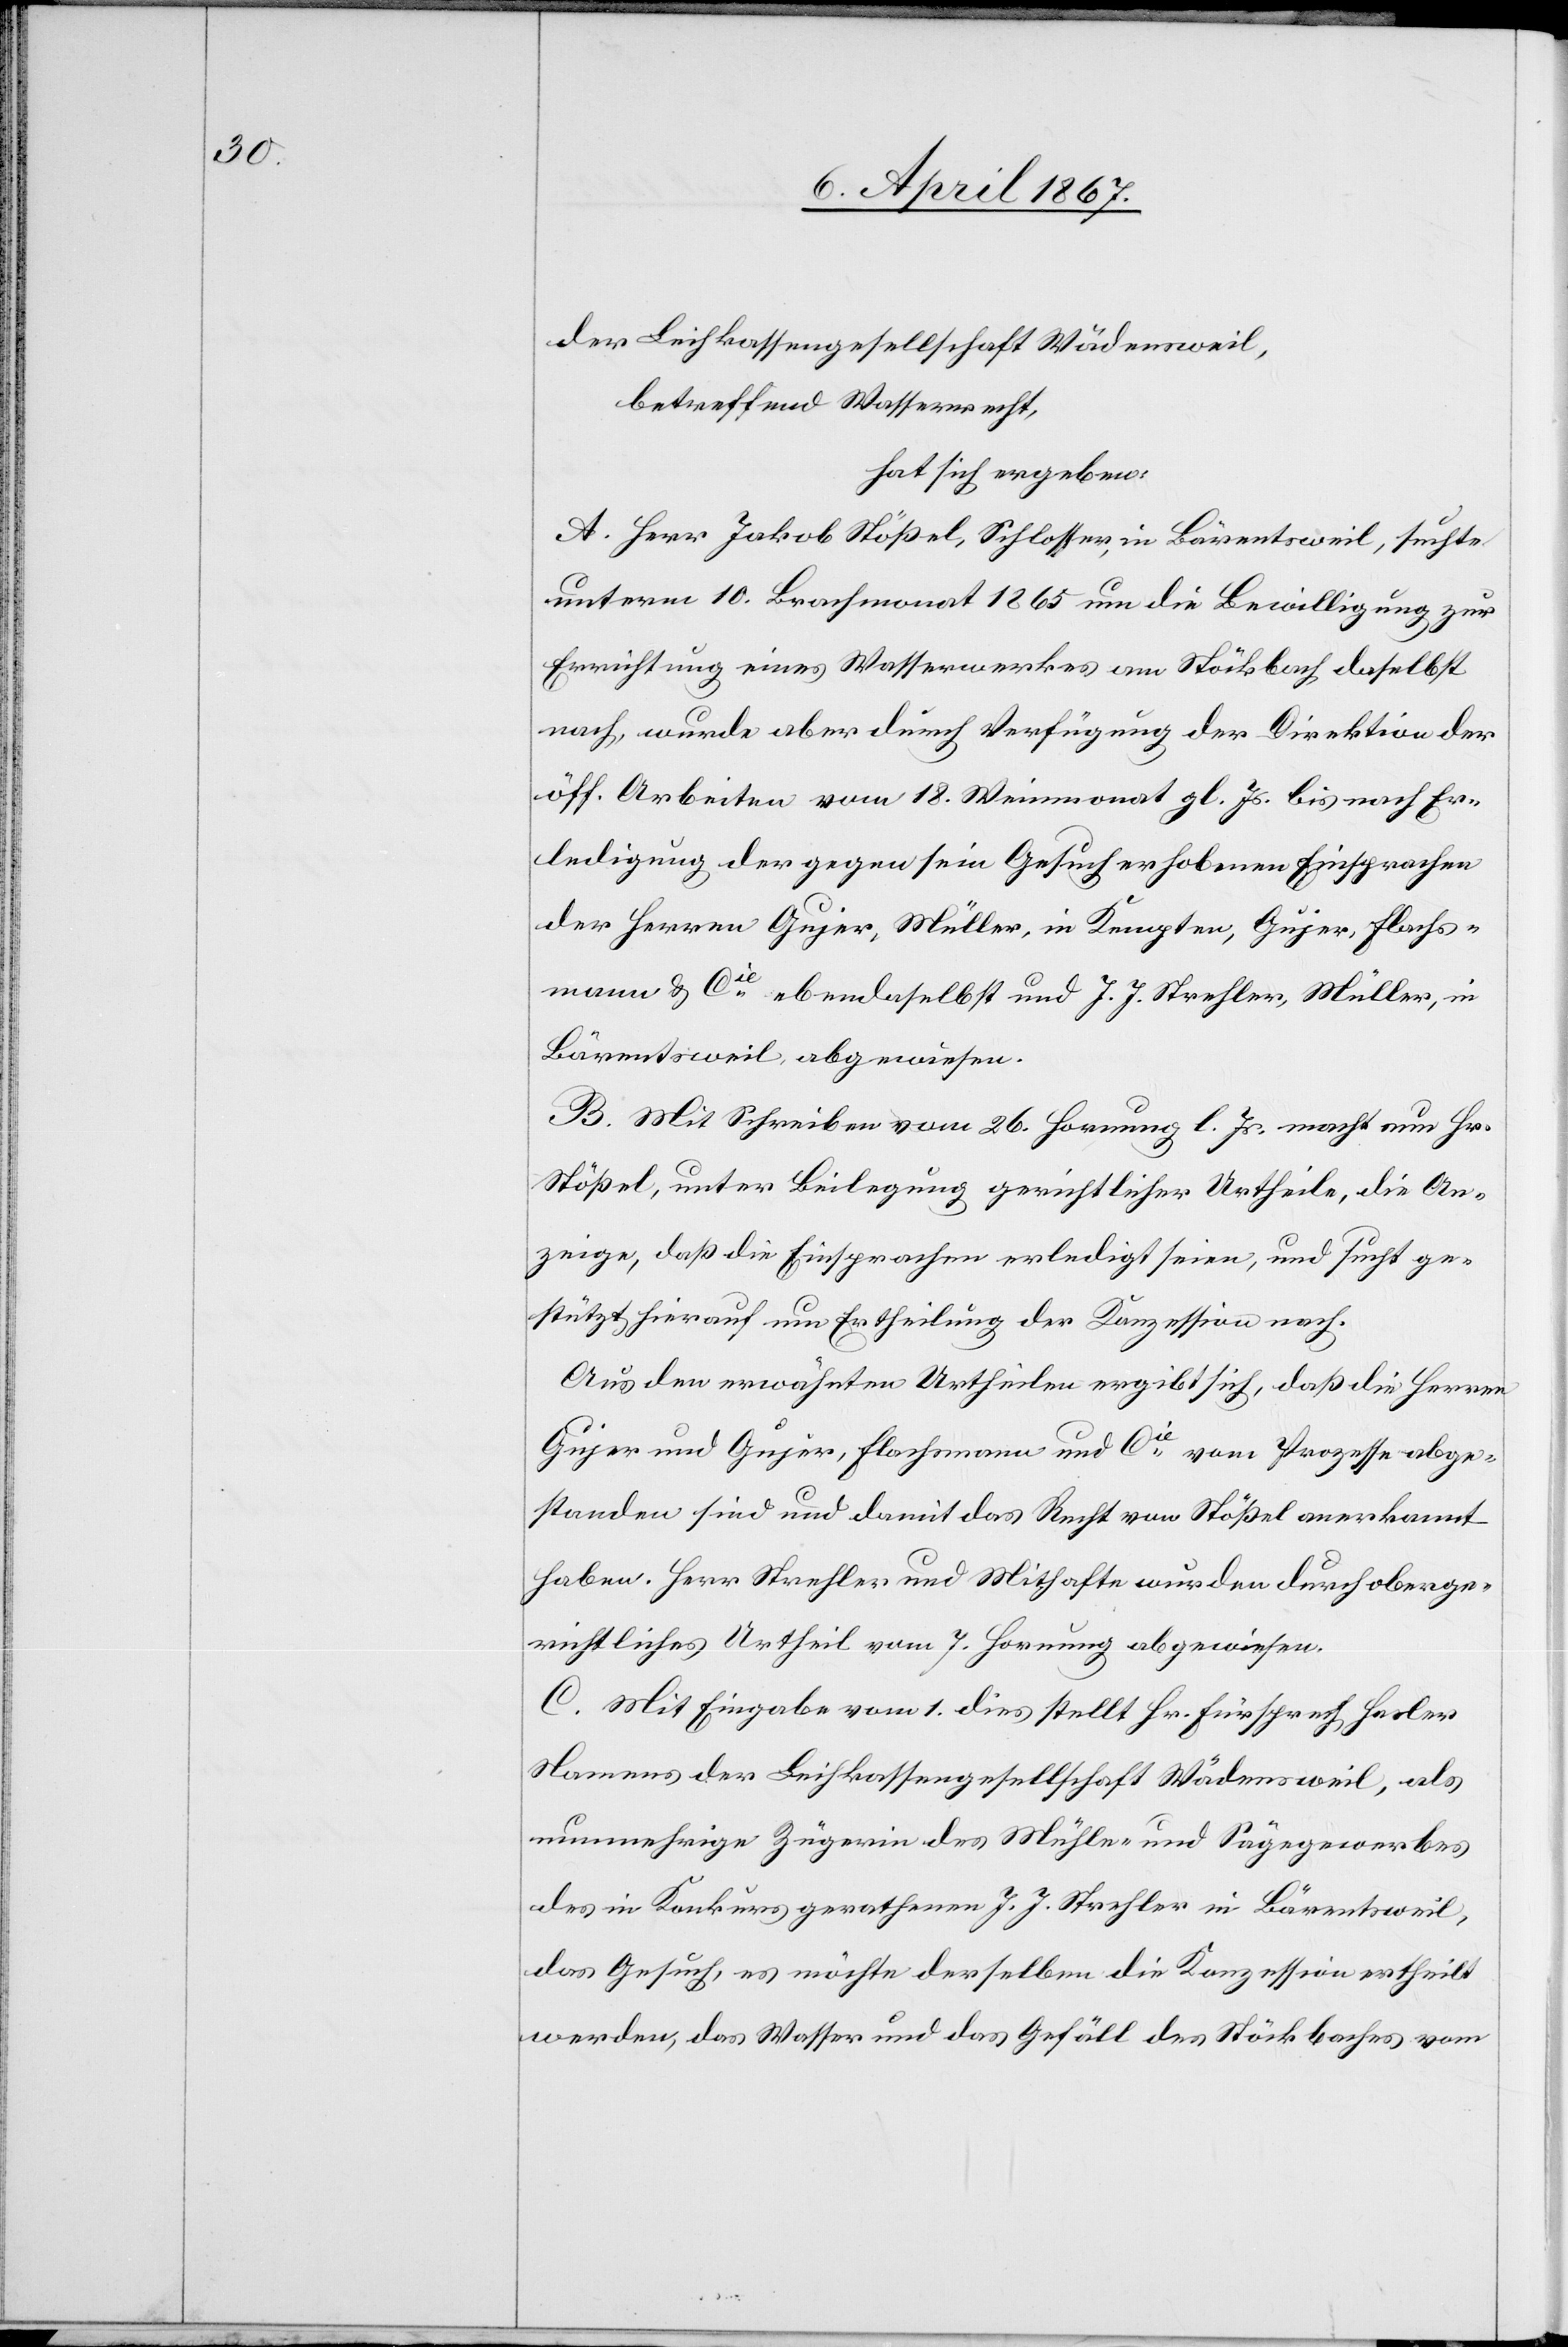
der Leihkassengesellschaft Wädensweil,
betreffend Wasserrecht,
hat sich ergeben:
A. Herr Jakob Stößel, Schlosser, in Bärentsweil, suchte
unterm 10. Brachmonat 1865 um die Bewilligung zur
Errichtung eines Wasserwerkes am Stöckbach daselbst
nach, wurde aber durch Verfügung der Direktion der
öff. Arbeiten vom 18. Weinmonat gl. Js. bis nach Er¬
ledigung der gegen sein Gesuch erhobenen Einsprachen
der Herren Gujer, Müller, in Kempten, Gujer, Flachs¬
mann u. Cie. ebendaselbst und J. J. Strechler, Müller, in
Bärentsweil abgewiesen.
B. Mit Schreiben vom 26. Hornung l. J. macht nun Hr.
Stößel, unter Beilegung gerichtlicher Urtheile, die An¬
zeige, daß die Einsprachen erledigt seien, und sucht ge¬
stützt hierauf um Ertheilung der Konzession nach.
Aus den erwähnten Urtheilen ergibt sich, daß die Herren
Gujer und Gujer, Flachmann und Cie. vom Prozesse abge¬
standen sind und damit das Recht von Stößel anerkannt
haben. Herr Strechler und Mithafte wurden durch oberge¬
richtliches Urtheil vom 7. Hornung abgewiesen.
C. Mit Eingabe vom 1. dies stellt Hr. Fürsprech Hasler
Namens der Leihkassengesellschaft Wädensweil, als
nunmehrige Zügerin des Mühle- und Sägewerkes
des in Konkurs gerathenen J. J. Strechler in Bärentsweil,
das Gesuch, es möchte derselben die Konzession ertheilt
werden, das Wasser und das Gefäll des Stöckbaches vom